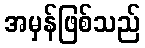
အမှန်ဖြစ်သည်